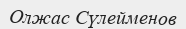
Олжас Сүлейменов